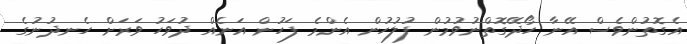
އެގޮތުންވެސް އޭނާ ހޯދޭގޮތްނުވުމުން ފުލުހުން އެންމެ ފަހުން އަނެއް ދުވަހު ވަރަށް ހެނދުނުގެ